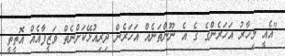
"އެއީ މިހާރު އަހަރެންގެ ގެ އެ ނޫންތަނެއް އަހަރެން ދިރިއުޅޭކަށްނެތް ވަޒީފާއެއް އޮތީތީ